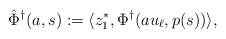
\begin{align*}\hat \Phi^\dagger(a,s) := \langle z_1^*, \Phi^\dagger(au_\ell, p(s))\rangle,\end{align*}